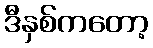
ဒီနှစ်ကတော့